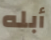
أبله